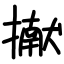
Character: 擜